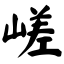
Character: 嵯